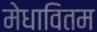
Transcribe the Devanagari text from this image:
मेधावितम